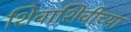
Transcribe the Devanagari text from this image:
शिवाशिवीच्या